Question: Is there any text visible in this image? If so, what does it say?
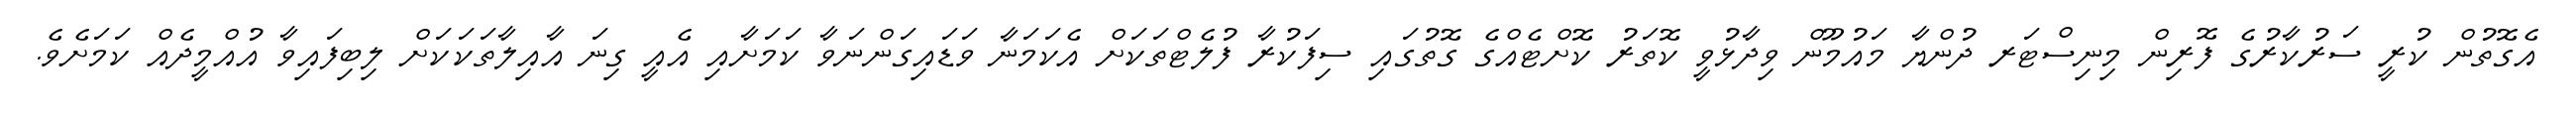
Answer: އެގޮތުން ކުރީ ސަރުކާރުގެ ފޮރިން މިނިސްޓަރ ދުންޔާ މައުމޫން ވިދާޅުވީ ކޮތަރު ކޮށްޓެއްގެ ގޮތުގައި ސިފަކުރާ ފުލެޓްތަކަށް އެކަމަނާ ވަޑައިގަންނަވާ ކަމަށާއި އެއީ ގިނަ އާއިލާތަކަކަށް ލިބިފައިވާ އުއްމީދެއް ކަމަށެވެ.